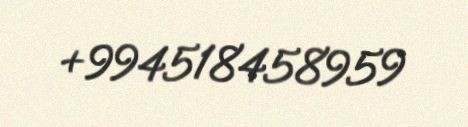
+994518458959